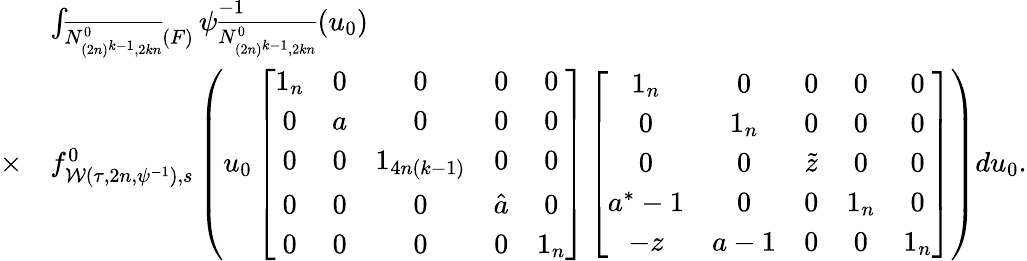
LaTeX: \begin{array}{rl}&{\int_{\overline{{N_{(2n)^{k-1},2kn}^{0}}}(F)}\psi_{\overline{{N_{(2n)^{k-1},2kn}^{0}}}}^{-1}(u_{0})}\\ {\times}&{f_{\mathcal{W}(\tau,2n,\psi^{-1}),s}^{0}\left(u_{0}\left[\begin{array}{ccccc}{1_{n}}&{0}&{0}&{0}&{0}\\ {0}&{a}&{0}&{0}&{0}\\ {0}&{0}&{1_{4n(k-1)}}&{0}&{0}\\ {0}&{0}&{0}&{\hat{a}}&{0}\\ {0}&{0}&{0}&{0}&{1_{n}}\end{array}\right]\left[\begin{array}{ccccc}{1_{n}}&{0}&{0}&{0}&{0}\\ {0}&{1_{n}}&{0}&{0}&{0}\\ {0}&{0}&{\tilde{z}}&{0}&{0}\\ {a^{\ast}-1}&{0}&{0}&{1_{n}}&{0}\\ {-z}&{a-1}&{0}&{0}&{1_{n}}\end{array}\right]\right)du_{0}.}\end{array}